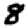
Digit: 8